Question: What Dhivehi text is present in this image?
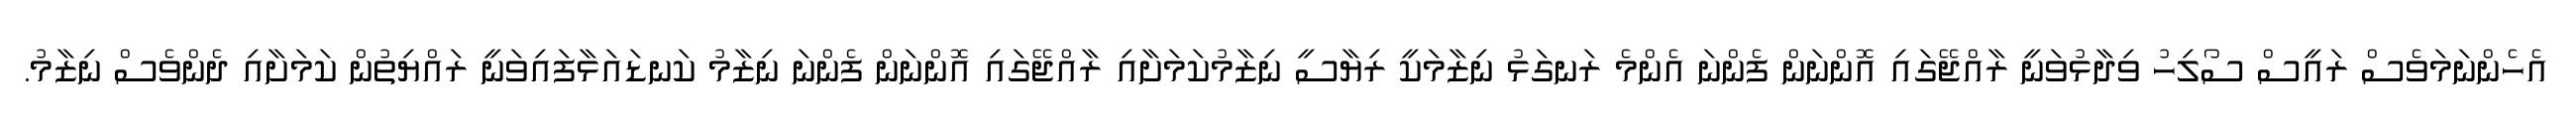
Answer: އެހެންނަމަވެސް ރައީސް ސޯލިހު ވިދާޅުވަނީ ރާއްޖޭގައި އޮންނަން ފެންނަ އެންމެ ރަނގަޅު ނިޒާމަކީ ރިޔާސީ ނިޒާމުކަމަށާއި ރާއްޖޭގައި އޮންނަން ފެންނަ ނިޒާމު ކަނޑައަޅާފައިވަނީ ރައްޔިތުން ކަމަށާއި ދެންވެސް ނިޒާމު.